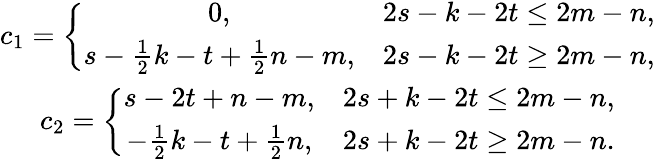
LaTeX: \begin{array}{c}{c_{1}=\left\{ \begin{array}{cc}{0,}&{2s-k-2t\le 2m-n,}\\ {s-\frac{1}{2}k-t+\frac{1}{2}n-m,}&{2s-k-2t\ge 2m-n,}\end{array}\right.}\\ {c_{2}=\left\{ \begin{array}{cc}{s-2t+n-m,}&{2s+k-2t\le 2m-n,}\\ {-\frac{1}{2}k-t+\frac{1}{2}n,}&{2s+k-2t\ge 2m-n.}\end{array}\right.}\end{array}